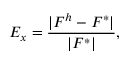
E _ { x } = \frac { | F ^ { h } - F ^ { * } | } { | F ^ { * } | } ,